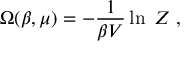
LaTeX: \Omega ( \beta , \mu ) = - { \frac { 1 } { \beta V } } \ln \; Z \; ,